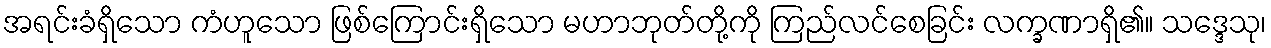
အရင်းခံရှိသော ကံဟူသော ဖြစ်ကြောင်းရှိသော မဟာဘုတ်တို့ကို ကြည်လင်စေခြင်း လက္ခဏာရှိ၏။ သဒ္ဒေသု၊